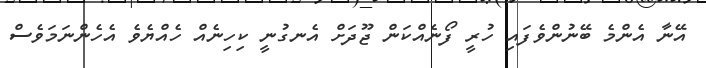
އޭނާ އެންމެ ބޭނުންވެފައި ހުރީ ފޯނެއްކަން ޖޫދަށް އެނގުނީ ކިހިނެއް ހެއްޔެވެ އެހެންނަމަވެސް